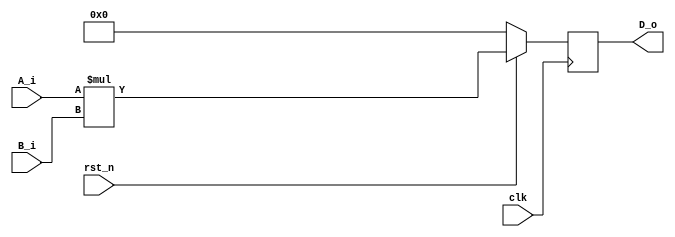
`timescale 1ns / 1ps
//////////////////////////////////////////////////////////////////////////////////
// Company: 
// 
// Design Name: 
// Module Name: Multiplexer
// Project Name: Multiplier, and Random generator
// Target Devices: 
// Tool Versions: vivado 2019.1
// Description: 
// 
// Dependencies: 
// 
// Revision:
// Revision 0.01 - File Created
// Additional Comments:
// 
//////////////////////////////////////////////////////////////////////////////////


module Multiplier (
    input clk,
    input rst_n,
    input [3:0] A_i,
    input [3:0] B_i,
    output reg[7:0] D_o
    );

always@(posedge clk) begin
    if (!rst_n) begin
        D_o <=0;
    end else begin 
        D_o <= A_i * B_i;
    end
end

endmodule